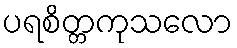
ပရစိတ္တကုသလော